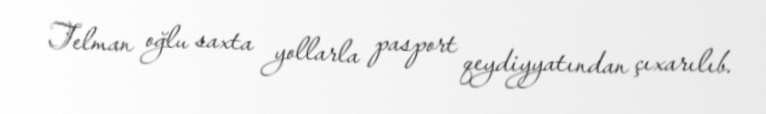
Telman oğlu saxta yollarla pasport qeydiyyatından çıxarılıb.